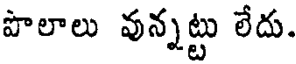
పొలాలు వున్నట్టు లేదు.